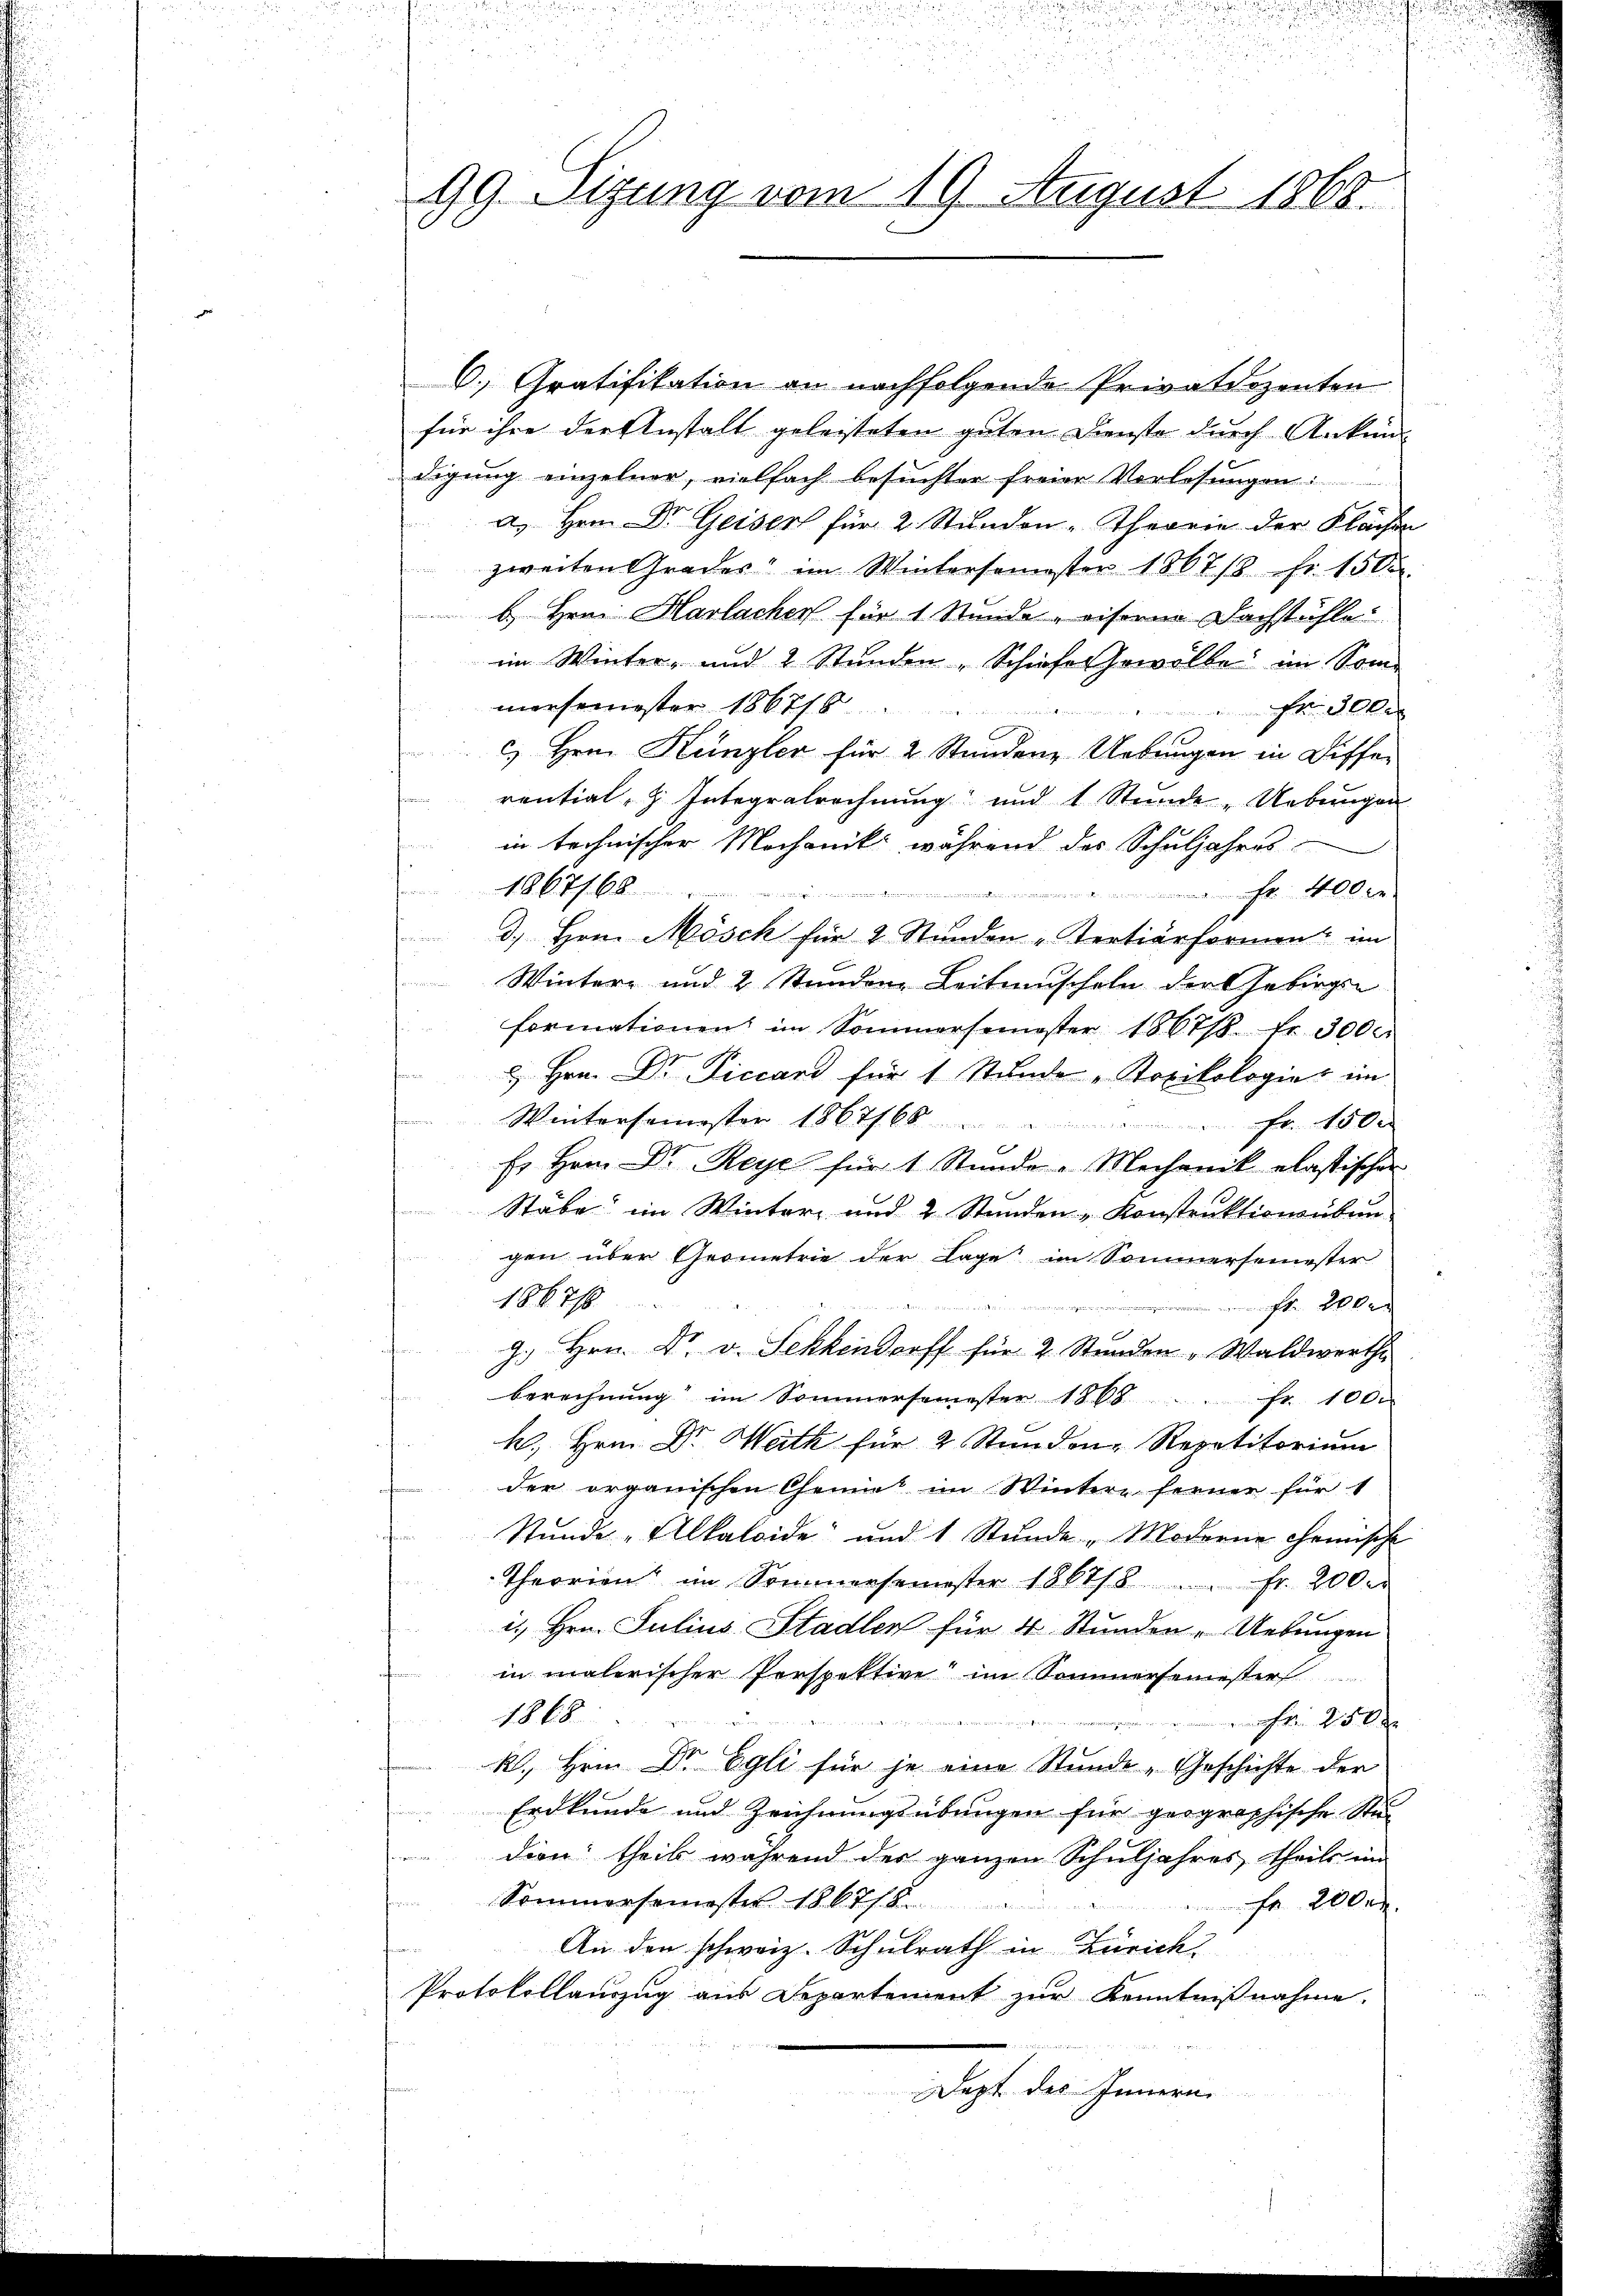
99. Sigung vom 19. August 1868.

6) Gratifikation an nachfolgende Privatdozenten
für ihre der Anstalt geleisteten guten Dienste durch Ankun-
digung einzelner, vielfach besuchter freien Vorlesungen
a. Herrn Dr. Geiser für 2. Stunden Theorie der Flächen
zweiten Grades im Wintersemester 1867/8 Fr. 1500.
b. Hrn. Harlachen für 1 Stunde, eisenne Dachstähle
im Winter- und 2 Stunden, Schiefe sowolle im Som-
mersemester 186776
le
c. Hrn. Künzler für 2 Stunden Uebungen in Diffen
f
rential, z. Integralrechnung und 1 Stunde Uebungen
in technischer Mechanik während des Schuljahres
8J
Fr. 400 x
3., Hrn. Mösch für 2 Stunden „Tertierforment im
Wintere und 2 Stundene Leitmuscheln der Gebirgen
formationen im Sommersemester 1867/8. fr. 3000.
fan
 Hrn. Dr. Ficcard für 1 Stunde „Kopilologie im
Wintersemester 1867/68 " " " fr. 150.
Es Hrn. Dr. Reye für 1 Stunde - Mechanik elastischen
Stäbe im Winter und 2 Stunden Konstruktionsüben
gen über Geometrie der Lage im Sommersemester
1867/
da. E
u
J. Hrn. Dr. v. Sehkendorff für 2 Stunden „Waldwerthe
berechnung im Sommersemester 1868 Fr. 100.
h. Hrn. Dr. Weith für 2 Stunden, Repetitorium
der organischen Chemiet im Wintere ferner für 1
Stunde Alkaloide und 1 Stunde Moderne chemische
Theorien im Sommersemester 1867/8. fr. 200.
is. Hrn. Julius Stadler für 4 Stunden Uebungen
in malerischer Perspektive im Sommersemester
1868
Fr. 250
k. Hrn. Dr Egli für je eine Stunde, Geschichte der
Erdkunde und Zeichnungsübungen für geographische Stud
dion; theile während der ganzen Schuljahres theils im
Sommersemester 1867/8
fr 200 rl.
An den schweiz. Schulrath in Zürich
Protokollauszug aus Departement zur Kenntnißnahme.
Dept des Innern